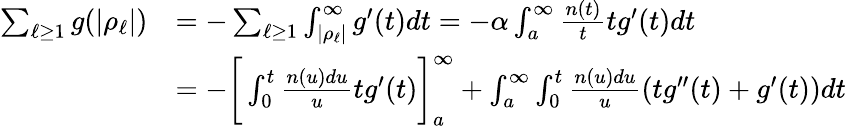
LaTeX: \begin{array}{rl}{\sum_{\ell\ge 1}g(|\rho_{\ell}|)}&{=-\sum_{\ell\ge 1}\int_{|\rho_{\ell}|}^{\infty}g^{\prime}(t)dt=-\alpha\int_{a}^{\infty}\frac{n(t)}{t}tg^{\prime}(t)dt}\\ &{=-\bigg[\int_{0}^{t}\frac{n(u)du}{u}tg^{\prime}(t)\biggr]_{a}^{\infty}+\int_{a}^{\infty}\int_{0}^{t}\frac{n(u)du}{u}(tg^{\prime\prime}(t)+g^{\prime}(t))dt}\end{array}